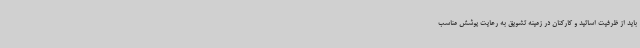
باید از ظرفیت اساتید و کارکنان در زمینه تشویق به رعایت پوشش مناسب